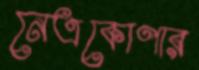
নেত্রকোণার